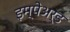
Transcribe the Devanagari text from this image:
इम्पेअर्ड